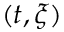
( t , \xi )